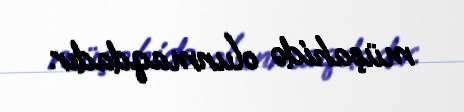
müşahidə olunmaqdadır.